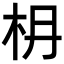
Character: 𣏵